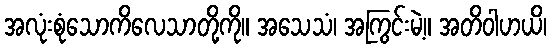
အလုံးစုံသောကိလေသာတို့ကို။ အသေသံ၊ အကြွင်းမဲ့။ အတိဝါဟယိ၊